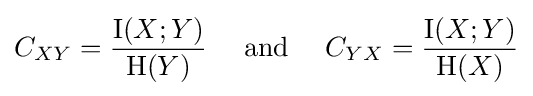
C_{XY}={\frac {\operatorname {I} (X;Y)}{\mathrm {H} (Y)}}~~~~{\mbox{and}}~~~~C_{YX}={\frac {\operatorname {I} (X;Y)}{\mathrm {H} (X)}}